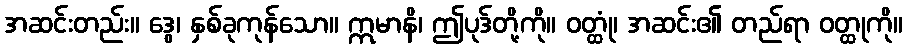
အဆင်းတည်း။ ဒွေ၊ နှစ်ခုကုန်သော။ ဣမာနိ၊ ဤပုဒ်တို့ကို။ ဝတ္ထုံ၊ အဆင်း၏ တည်ရာ ဝတ္ထုကို။